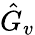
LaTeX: \hat{G}_{v}